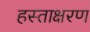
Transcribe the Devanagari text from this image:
हस्ताक्षरण